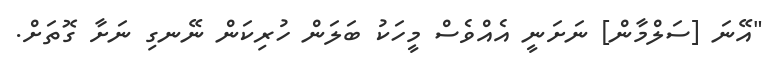
"އޭނަ [ސަލްމާން] ނަށަނީ އެއްވެސް މީހަކު ބަލަން ހުރިކަން ނޭނގި ނަށާ ގޮތަށް.